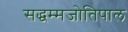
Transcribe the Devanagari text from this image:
सद्धम्मजोतिपाल